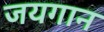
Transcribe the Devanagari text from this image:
जयगान